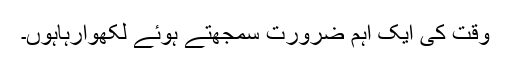
وقت کی ایک اہم ضرورت سمجھتے ہوئے لکھوارہاہوں۔